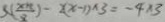
5 ( \frac { x + 1 } { 8 } ) - 2 ( x - 1 ) \times 3 = - 4 \times 3